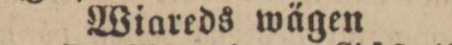
Wiareds wägen